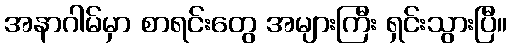
အနာဂါမ်မှာ စာရင်းတွေ အများကြီး ရှင်းသွားပြီ။